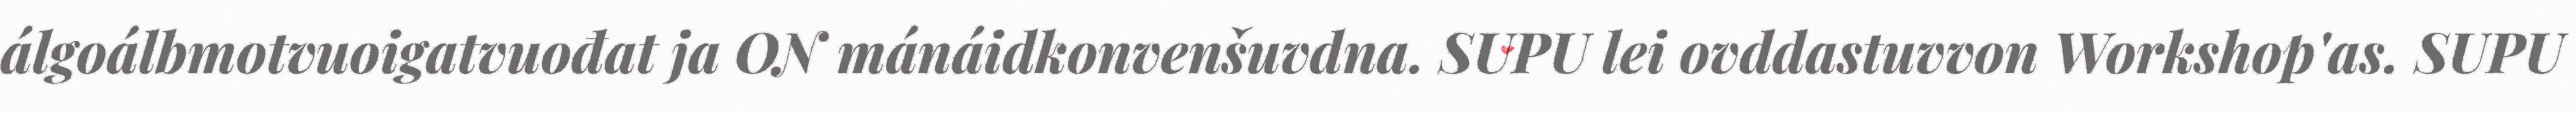
álgoálbmotvuoigatvuođat ja ON mánáidkonvenšuvdna. SUPU lei ovddastuvvon Workshop'as. SUPU